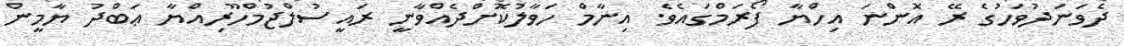
ދެވަނަދުވަހުގެ ރޭ އޮންނަ އިހްޔާ ފޯރަމްގައެވެ. އިނާމް ހަވާލުކޮށްދެއްވާނީ ރައީސުލްޖުމްހޫރިއްޔާ ޢަބްދު ޔާމީން